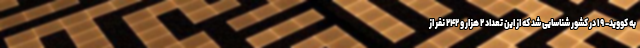
به کووید- ۱۹ در کشور شناسایی شد که از این تعداد ۲ هزار و ۲۴۲ نفر از